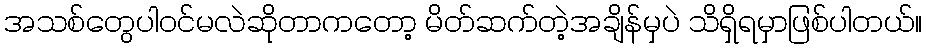
အသစ်တွေပါဝင်မလဲဆိုတာကတော့ မိတ်ဆက်တဲ့အချိန်မှပဲ သိရှိရမှာဖြစ်ပါတယ်။